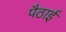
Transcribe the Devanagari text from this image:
पैठाई